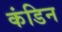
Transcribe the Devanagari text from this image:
कंडिन